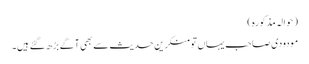
(حوالہ مذکورہ )
مودودی صاحب یہاں تو منکرینِ حدیث سے بھی آگے بڑھ گئے ہیں۔